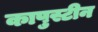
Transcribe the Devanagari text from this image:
कापुस्टीन